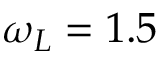
\omega _ { L } = 1 . 5